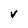
Character: V